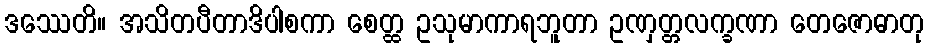
ဒဿေတိ။ အသိတပီတာဒိပါစကာ စေတ္ထ ဥသုမာကာရဘူတာ ဥဏှတ္တလက္ခဏာ တေဇောဓာတု